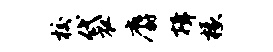
校袋麝揖椽